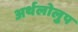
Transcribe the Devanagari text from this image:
अर्थलोलुप